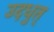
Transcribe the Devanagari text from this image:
उदधुत्